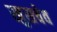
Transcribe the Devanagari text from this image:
खुसचेव